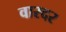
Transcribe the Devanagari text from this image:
वारदर